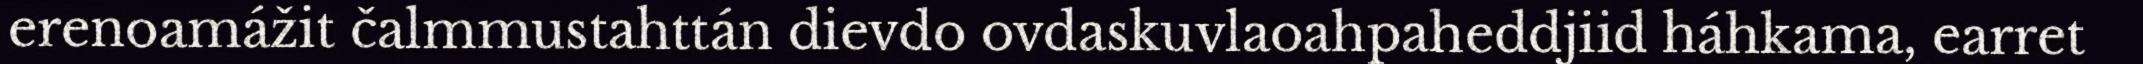
erenoamážit čalmmustahttán dievdo ovdaskuvlaoahpaheddjiid háhkama, earret